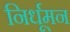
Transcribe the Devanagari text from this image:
निर्धूमन